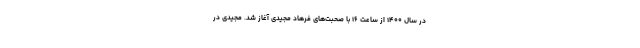
در سال ۱۴۰۰ از ساعت ۱۶ با صحبت‌های فرهاد مجیدی آغاز شد. مجیدی در